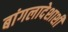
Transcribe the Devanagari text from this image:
बांगलादेशाशी